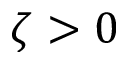
\zeta > 0